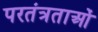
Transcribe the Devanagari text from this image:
परतंत्रताओं